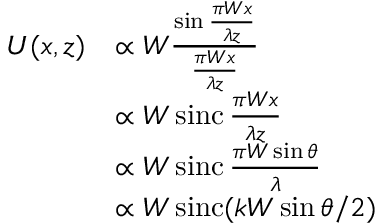
{ \begin{array} { r l } { U ( x , z ) } & { \propto W { \frac { \sin { \frac { \pi W x } { \lambda z } } } { \frac { \pi W x } { \lambda z } } } } \\ & { \propto W \operatorname { s i n c } { \frac { \pi W x } { \lambda z } } } \\ & { \propto W \operatorname { s i n c } { \frac { \pi W \sin \theta } { \lambda } } } \\ & { \propto W \operatorname { s i n c } ( k W \sin \theta / 2 ) } \end{array} }